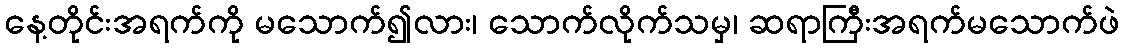
နေ့တိုင်းအရက်ကို မသောက်၍လား၊ သောက်လိုက်သမှ၊ ဆရာကြီးအရက်မသောက်ဖဲ